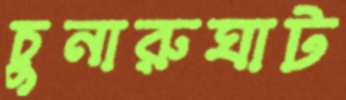
চুনারুঘাট